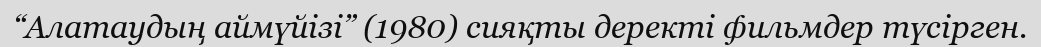
“Алатаудың аймүйізі” (1980) сияқты деректі фильмдер түсірген.